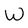
Character: W